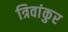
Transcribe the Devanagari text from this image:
त्रिवांकुर